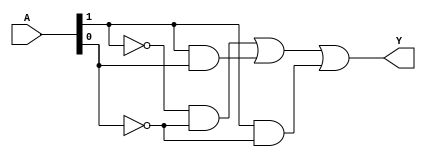
module prime_implicant_logic (
    input wire [1:0] A,  // 2-bit input representing the variables
    output wire Y        // Output representing the minimized Boolean function
);

// Truth table for the function F(A1, A0) = A1' A0' + A1 A0 + A1 A0' (minimized form)
assign Y = (~A[1] & ~A[0]) | (A[1] & A[0]) | (A[1] & ~A[0]);

endmodule